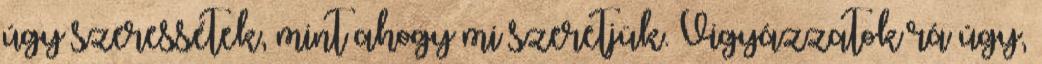
úgy szeressétek, mint ahogy mi szeretjük. Vigyázzatok rá úgy,